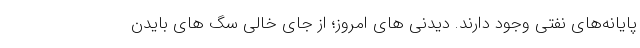
پایانه‌های نفتی وجود دارند. دیدنی های امروز؛ از جای خالی سگ های بایدن